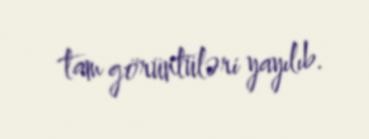
tam görüntüləri yayılıb.